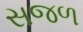
સજળ